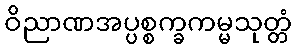
ဝိညာဏအပ္ပစ္စက္ခကမ္မသုတ္တံ